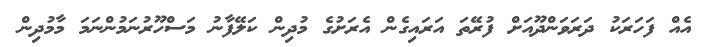
އެއް ފަހަރަކު ދަރަވަންދޫއަށް ފުރޭތަ އަރައިގެން އެރަށުގެ މުދިން ކަލޭފާނު މަސްހޫރުނަމުންނަމަ މާމުދިން